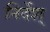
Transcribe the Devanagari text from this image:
निर्देश्